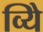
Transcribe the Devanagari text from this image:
व्यिे